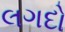
લગદો